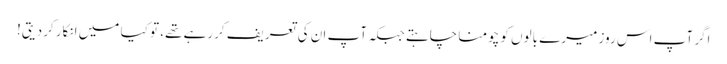
اگر آپ اس روز میرے بالوں کو چومنا چاہتے جبکہ آپ ان کی تعریف کررہے تھے، تو کیا میں انکار کردیتی!